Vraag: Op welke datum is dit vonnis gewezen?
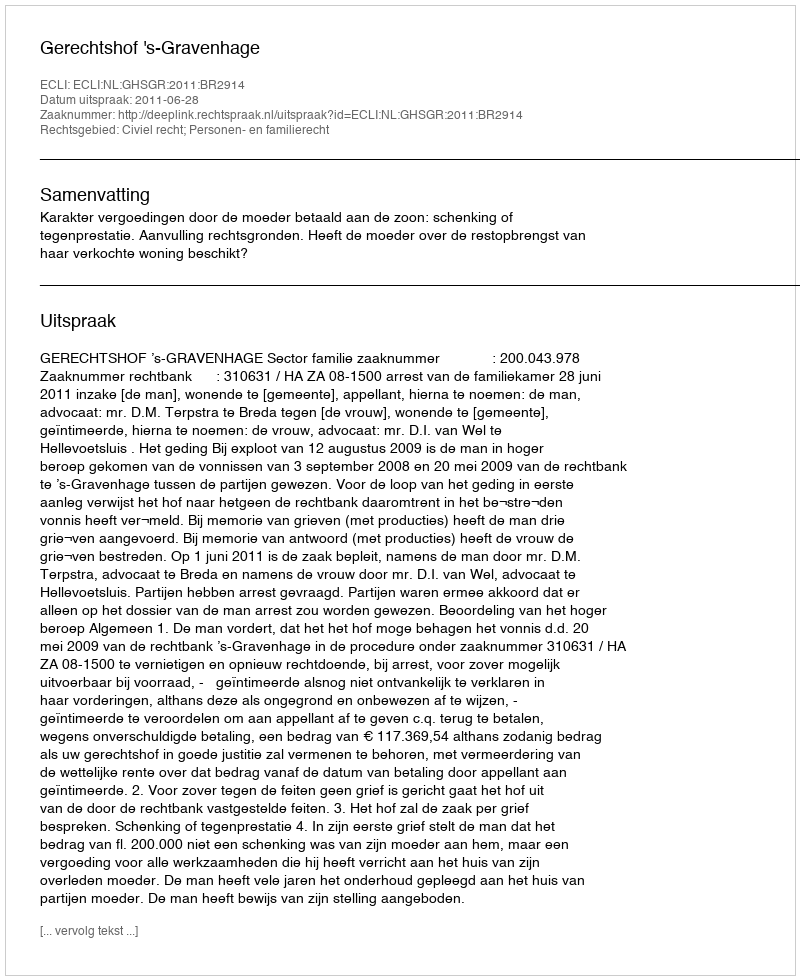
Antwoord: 2011-06-28